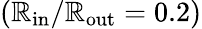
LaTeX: (\mathbb{R}_{\mathrm{{in}}}/\mathbb{R}_{\mathrm{{out}}}=0.2)